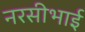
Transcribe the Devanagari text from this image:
नरसीभाई